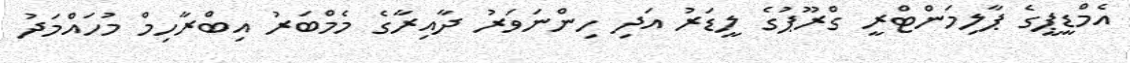
އެމްޑީޕީގެ ޕާލިމަންޓްރީ ގްރޫޕުގެ ލީޑަރު އަދި ހިންނަވަރު ދާއިރާގެ މެމްބަރު އިބްރާހިމް މުހައްމަދު